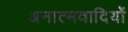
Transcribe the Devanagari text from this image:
अनात्मवादियों